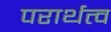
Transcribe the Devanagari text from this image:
परार्थत्व